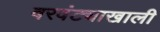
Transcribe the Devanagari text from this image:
वरवंट्याखाली